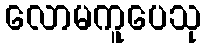
လောမကူပေသု